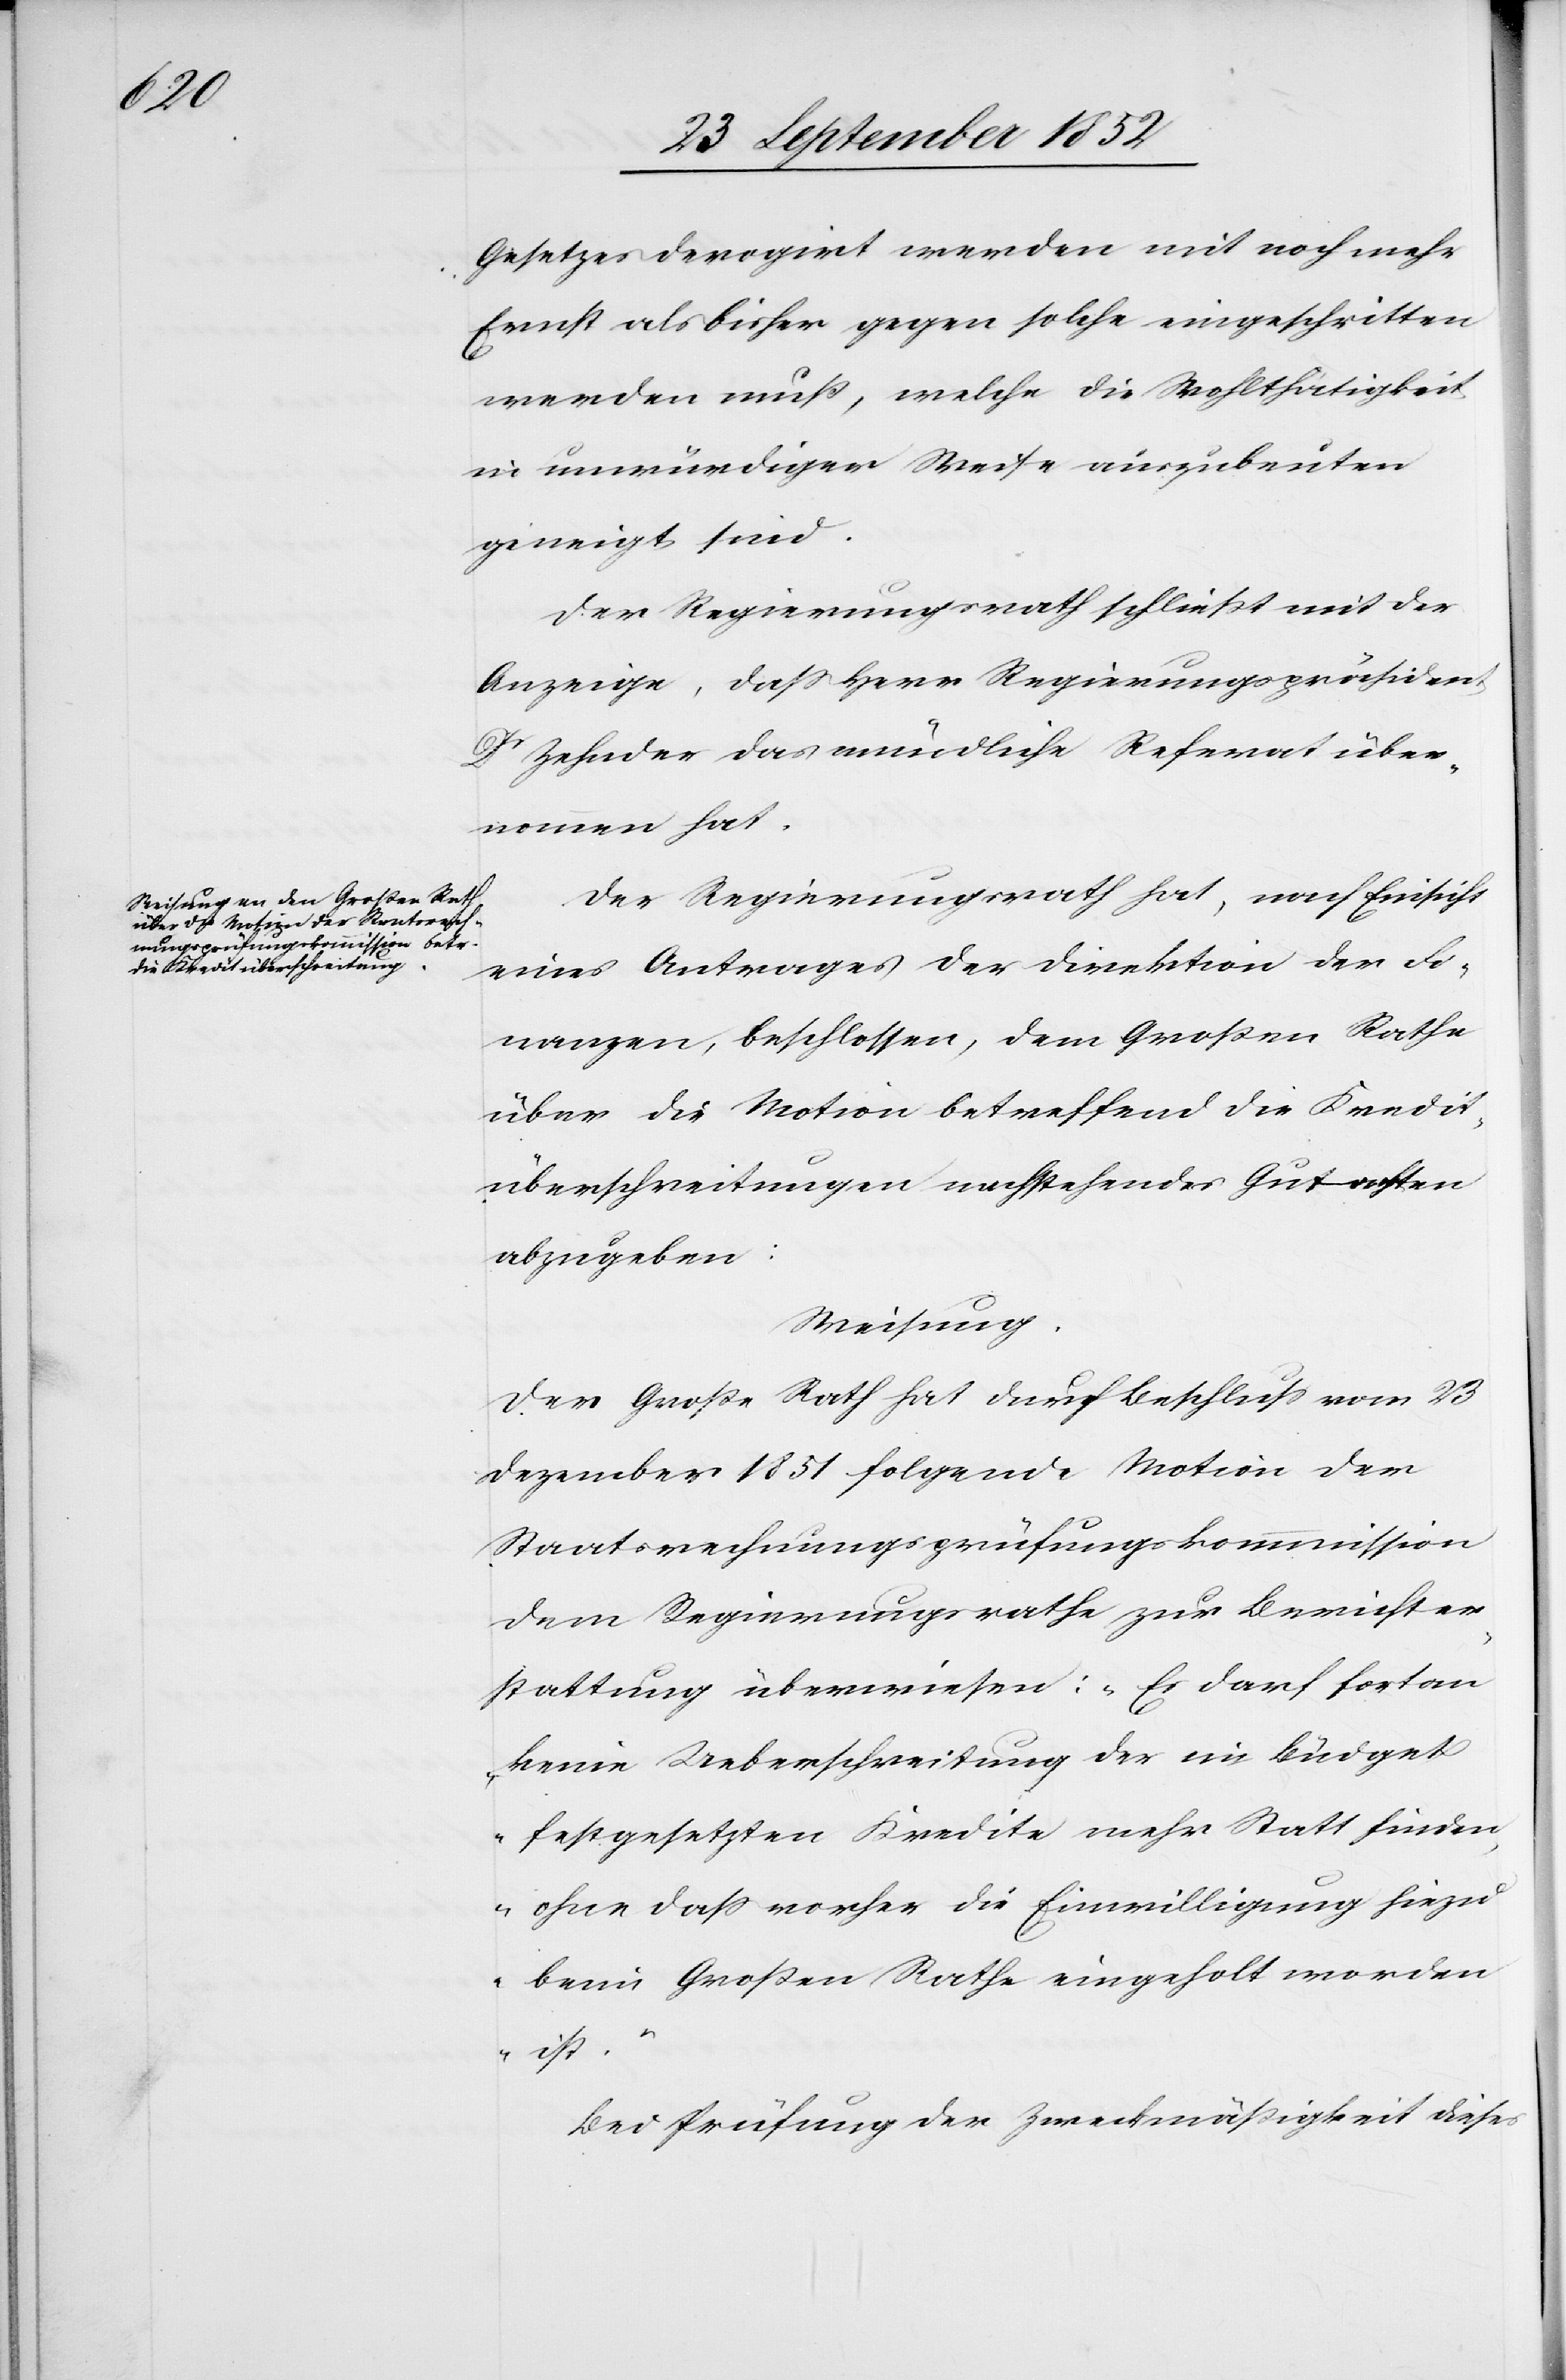
Gesetzes derogirt werden mit noch mehr
Ernst als bisher gegen solche eingeschritten
werden muß, welche die Wohlthätigkeit
in unwürdiger Weise auszubeuten
geneigt sind.
Der Regierungsrath schliesst mit der
Anzeige, dass Herr Regierungspräsident
Dr Zehnder das mündliche Referat über¬
nommen hat.
Der Regierungsrath hat, nach Einsicht
eines Antrages der Direktion der Fi¬
nanzen, beschlossen, dem Großen Rathe
über die Motion betreffend die Kredit¬
überschreitungen nachstehendes Gutachten
abzugeben:
Weisung.
Der Große Rath hat durch Beschluss vom 23
Dezember 1851 folgende Motion der
Staatsrechnungsprüfungskommission
dem Regierungsrathe zur Berichter¬
stattung überwiesen: „Es darf fortan
keine Ueberschreitung der im Büdget
festgesetzten Kredite mehr Statt finden,
ohne dass vorher die Einwilligung hiezu
beim Großen Rathe eingeholt worden
ist.“
Bei Prüfung der Zweckmäßigkeit dieses